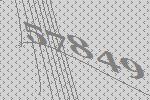
57849